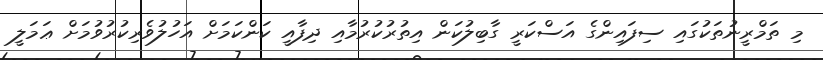
މި ތަމްރީނުތަކުގައި ސިފައިންގެ އަސްކަރީ ގާބިލުކަން އިތުރުކުރުމާއި ދިފާއީ ކަންކަމަށް އަހުލުވެރިކުރުވުމަށް ޢަމަލީ